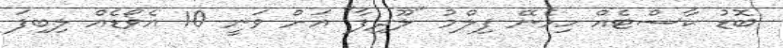
ބޮޑު ކާސްޓެއް ހިމެނޭ ފިލްމު "ލޫދިފާ" އަށް ވަނީ 10 އެވޯޑެއް ލިބިފަ